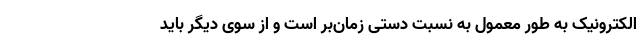
الکترونیک به طور معمول به نسبت دستی زمان‌بر است و از سوی دیگر باید